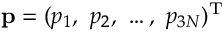
\ensuremath { \mathbf { p } } = ( p _ { 1 } , \ p _ { 2 } , \ \dots , \ p _ { 3 N } ) ^ { \mathrm { T } }